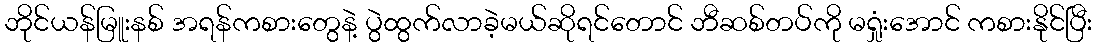
ဘိုင်ယန်မြူးနစ် အရန်ကစားတွေနဲ့ ပွဲထွက်လာခဲ့မယ်ဆိုရင်တောင် ဘီဆစ်တပ်ကို မရှုံးအောင် ကစားနိုင်ပြီး